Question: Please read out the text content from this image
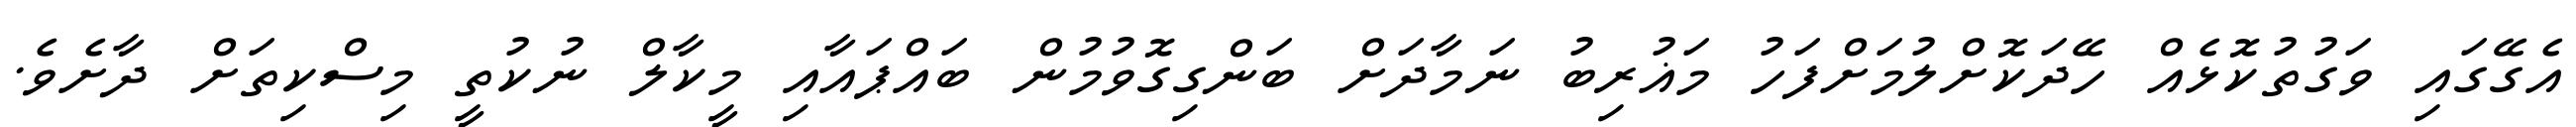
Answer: އެގޭގައި ވަގުތުކޮޅެއް ހޭދަކޮށްލުމަށްފަހު މަޣުރިބު ނަމާދަށް ބަންގިގޮވުމުން ބައްޕައާއި މީކާލް ނުކުތީ މިސްކިތަށް ދާށެވެ.